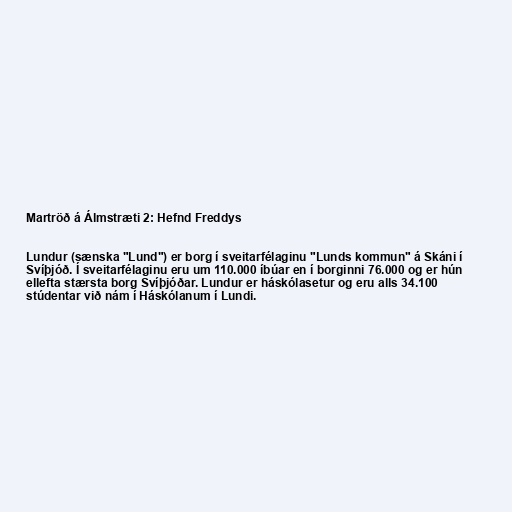
Martröð á Álmstræti 2: Hefnd Freddys

Lundur (sænska "Lund") er borg í sveitarfélaginu "Lunds kommun" á Skáni í
Svíþjóð. Í sveitarfélaginu eru um 110.000 íbúar en í borginni 76.000 og er hún
ellefta stærsta borg Svíþjóðar. Lundur er háskólasetur og eru alls 34.100
stúdentar við nám í Háskólanum í Lundi.